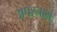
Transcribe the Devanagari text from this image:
अपरनाम